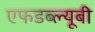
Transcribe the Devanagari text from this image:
एफडब्ल्यूबी